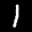
Label: 1